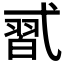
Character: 𰐑